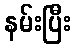
နမ်းပြီး